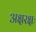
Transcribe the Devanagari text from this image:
अक्षरक्षः